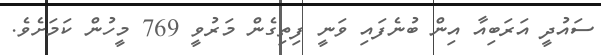
ސައުދީ އަރަބިއާ އިން ބުނެފައި ވަނީ ފިތިގެން މަރުވީ 769 މީހުން ކަމަށެވެ.